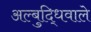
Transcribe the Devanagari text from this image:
अल्बुद्धिवाले